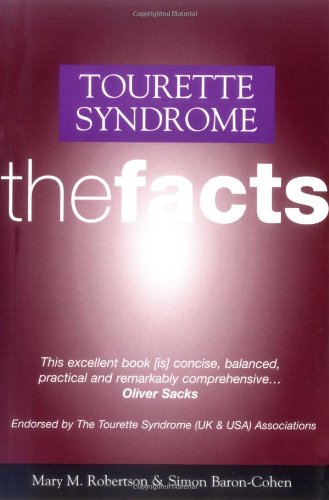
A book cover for Tourette's Syndrome: The Facts (The Facts Series); Mary M. Robertson; Health, Fitness & Dieting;